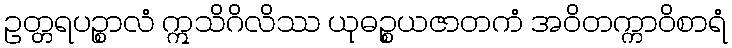
ဥတ္တရပဉ္စာလံ ဣသိဂိလိဿ ယုဓဉ္စယဇာတကံ အဝိတက္ကာဝိစာရံ